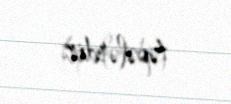
təpələrdir.